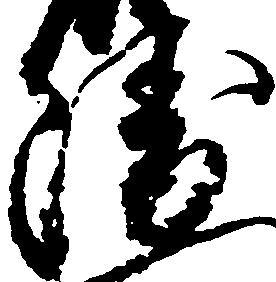
衛